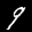
Label: 9